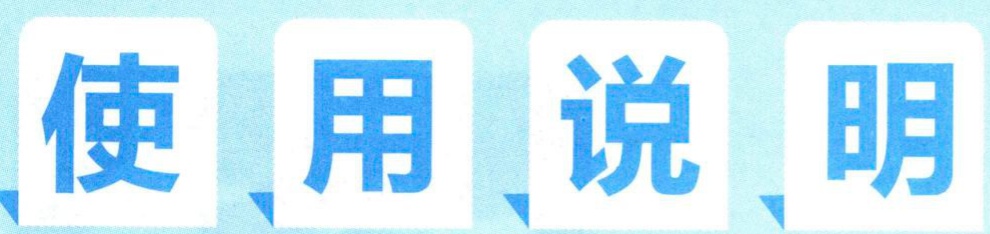
使用说明